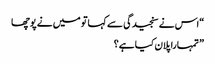
“اس نے سنجیدگی سے کہاتو میں نے پوچھا
” تمہارا پلان کیا ہے؟